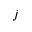
j